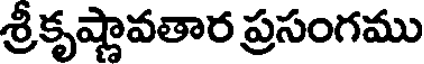
శ్రీకృష్ణావతార ప్రసంగము